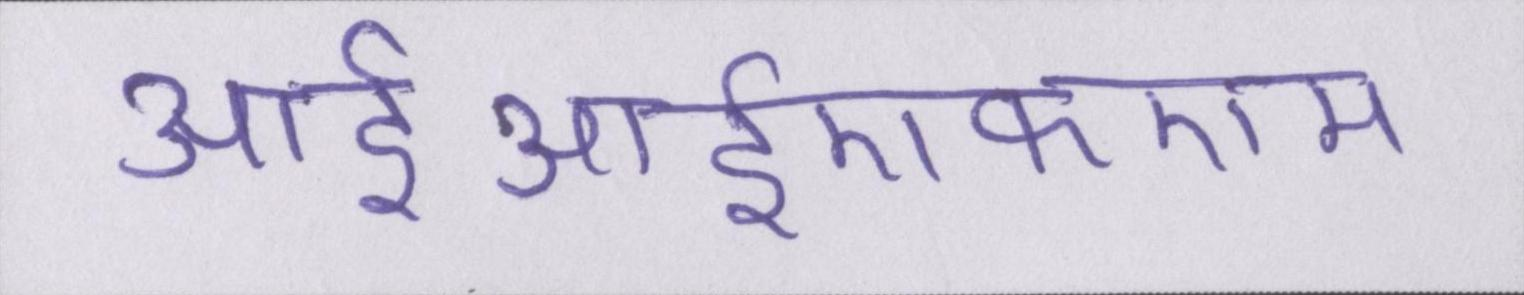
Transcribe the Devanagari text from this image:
आईआईएफएम